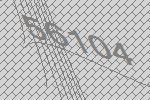
56104